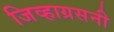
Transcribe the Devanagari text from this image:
जिव्हाग्रसनी